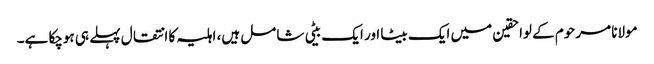
مولانا مرحوم کے لواحقین میں ایک بیٹا اور ایک بیٹی شامل ہیں، اہلیہ کا انتقال پہلے ہی ہوچکا ہے۔